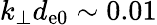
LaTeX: k_{\perp}d_{\mathrm{e0}}\sim 0.01